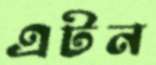
এটন